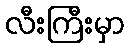
လီးကြီးမှာ